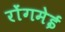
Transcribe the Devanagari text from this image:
रोंगमेई